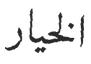
الخيار